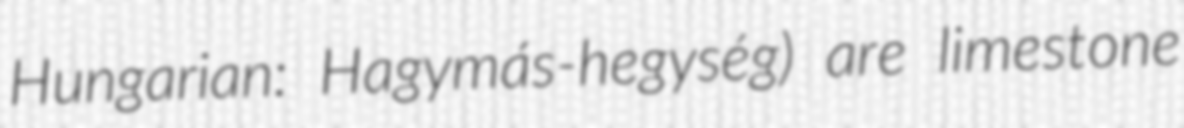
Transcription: Hungarian: Hagymás-hegység) are limestone